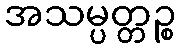
အသမ္ပတ္တဉ္စ